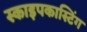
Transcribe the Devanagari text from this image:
स्काइपकास्टिंग